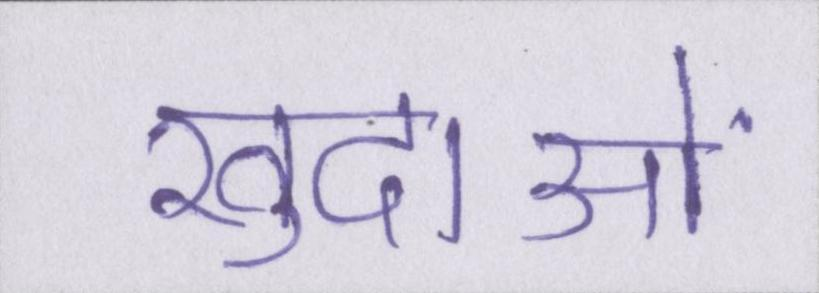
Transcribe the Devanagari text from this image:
खुदाओं